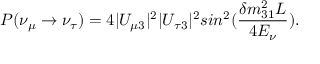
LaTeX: P ( \nu _ { \mu } \rightarrow \nu _ { \tau } ) = 4 | U _ { \mu 3 } | ^ { 2 } | U _ { \tau 3 } | ^ { 2 } s i n ^ { 2 } ( \frac { \delta m _ { 3 1 } ^ { 2 } L } { 4 E _ { \nu } } ) .